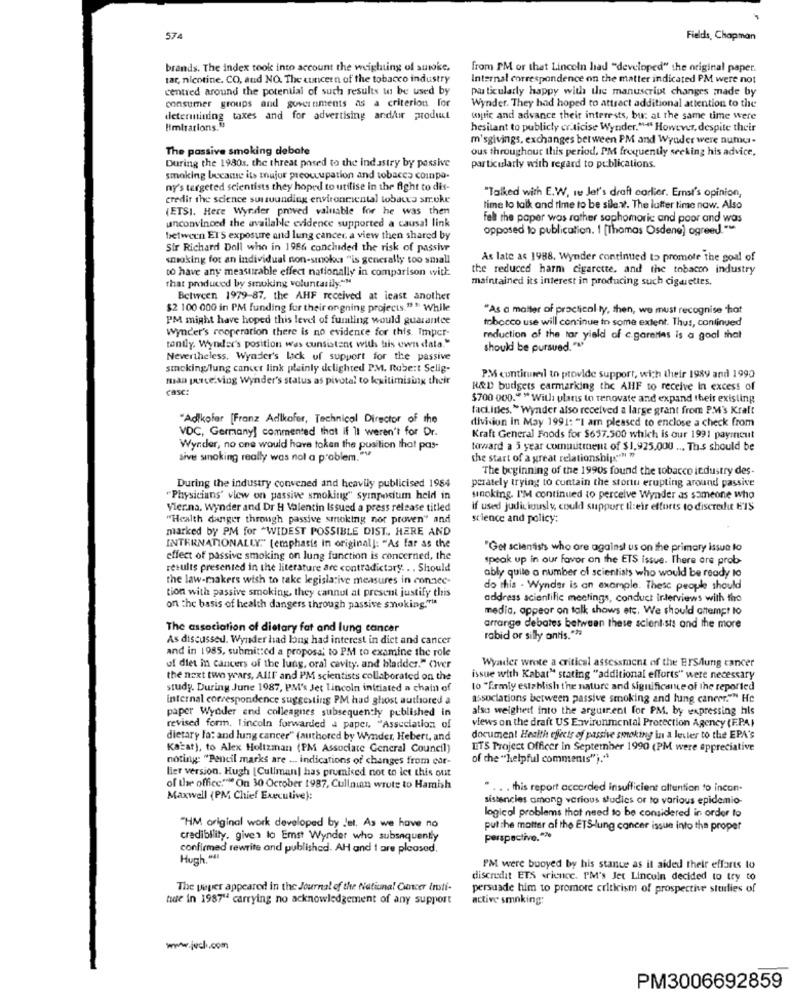
574
Fields, Chapman
brands. The index took into account the weighting of suwoke,
from PM or that Lincoln had "developed" the original paper.
tar, nicotine, CO, and NO. The concern of the tobacco industry
Internal correspondence on the matter indicated PM were not
centred around the potential of such results to be used by
particularly happy with the manuscript changes made by
consumer groups and governments as a criterion for
Wynder. They had hoped to attract additional attention to the
determining taxes and for advertising and/ur product
topic and advance their interests, bur at the same time were
limitations.5
hesitant to publicly criticise Wynder."" However, despite their
m'sgivings, exchanges between PM and Wyuder were numy.
The passive smoking debate
ous throughout this period, I'M frequently seeking his advice.
During the 1980s. the threat posed to the ind astry by passive
particularly with regard to publications.
smoking became its major preoccupation and tobaces compa-
ny's targeted scientists they hoped to utilise in the fight to dis-
credir the science surrounding environmental tobacco stroke
"Talked with E.W, re Jet's draft carlier. Ernst's opinion,
(ETSI. Here Wynder proved valuable for he was then
time lo talk and time to be sile.w. The lutter time now. Also
unconvinced the available evidence supported a causa! link
fel the paper was rather sophomoric and poor and was
opposed to publication. 1 [Thomas Osdene] agreed."
between ETS exposure and lung cancer, a view then shared by
Sir Richard Doll who in 1986 conchided the risk of passive
smoking for an individual non-smokes "is generally too small
As late as 1988, Wynder continued to promote the goal of
to have any measurable effect nationally in comparison with
the reduced harm cigarette. and the tobacco industry
that produced by smoking voluntarily"M
maintained its interest in producing such cigarettes.
Between 1979-87, the AHF received at least another
$2 100 000 in PM funding for their ongning projects." " While
"As a matter of practical ly, then, we must recognise hat
PM might have hoped this level of fumting would guarantee
tobacco use will continue to some extent. Thus, continued
Wynder's cooperation there is no evidence for this. Imper-
reduction of the tar yield of c.garetas is a goal that
tantly. Wynder's position was consistent with his owns data."
should be pursued."""
Nevertheless, Wyader's Lick of support for the passive
smoking lung cancer link plainly delighted P.M. Robert Selig-
maa perce.ving Wynder's status as pivotal to kwitimising their
PM continued to provide support, with their 1989 and 1990
casc:
R&D budgets carmarking the AHF to receive In excess of
$700 000." " With plans to renovate and expand their existing
faci.ities." Wynder also received a large grant from P.M's Kraft
"Aoikofar [Franz Adlkofer, Technical Director of the
division In May 1991: "I am pleased to enclose a check from
VDC, Germany] commented that if It weren't for Dr.
Kraft General Foods for $657.500 which is our 1991 payment
Wynder, no one would have token the position that pas-
toward a 5 year commitment of $1,925.000 ... Th.s should be
sive smoking really was not a problem."
the start of a great relationship"" "
The beginning of the 1990s found the tobacco industry des-
perately trying to contain the stortu erupting around passive
During the industry convened and heavily publicised 1984
"Physicians' view on passive smoking" symposium held in
sinoking. I'M continued to perceive Wynder as someone who
Vier.na, wynder and Dr H Valentin Issued a press release titled
if used judiciously, could support their efforts to discredit E'IS
"Health danger through passive smoking nor proven" and
science and policy:
marked by PM for "WIDEST POSSIBLE DIST .. HERE AND
INTERNATIONALLY." [emphasis in original]: "As far as the
"Get scientists who are against us on the primary issue lo
effect of passive smoking on lung function is concerned, the
speak up in our favor on the ETS issue. There are prob-
results presented in the literature are contradictory. . . Should
ably quile a number of scientists who would be ready to
the law-makers wish to take legislative measures in connec-
tion with passive smoking, they cannul at present justify this
do this - Wynder is an example. These people should
address scientific meetings, conduct Interviews with the
on the basis of health dangers through passive smoking."
media, appear on talk shows etc. We should attempt to
The association of dietary fat and lung cancer
arrange debates between these scientists and the more
As discussed, Wynder had bong had interest in diet and cancer
rabid or silly antis .**
and in 1985, submitted a proposal to PM to examine the role
Wyader wrote a critical assessment of the ErS/lung cancer
of diet in cancers of the lung, oral cavity, and bladder." CWver
the next two years, AllF and PM scientists collaborated on the
issue with Kabat" stating "additional efforts" were necessary
study. During June 1987, PM's Jet lincoln initiated a chain of
to "firmly establish the nature and significance of the reported
internal correspondence suggesting PM had ghost authored a
associations between passive smoking and lung cancer."" He
paper Wydder and colleagues subsequently published in
also weighed into the arguirent for PM. by expressing his
views on the draft US Environmental Protection Agency (F.P.A.)
revised form, Lincoln forwarded a paper. "Association of
dietary la: and lung cancer" (authored by Wynder, Hebert, and
document Health effects of passive smoking in a levier to the EPA's
Kacat), to Alex Holtzman (PM Associate General Council)
IT'S Project Officer In September 1990 (PM were appreciative
noting: "Pencil marks are ... indications of changes from cor-
of the "helpful comments")."
lier version. Hugh [Cullman| has promised not to let this out
of the office.""" On 30 October 1987, Cullainn wrote to Hamish
.. . this report accorded insufficient attention to incon-
Maxwell (PM Chief Executive):
sistencies among various studies or to various epidemio
logical problems that need to be considered in order to
"HM original work developed by Jet. As we have no
put the matter af the ETS-lung cancer issue into the proper
credibility, given lo Emst Wynder who subsequently
perspective .***
confirmed rewrite and published. AH and 1 are pleased,
Hugh,“41
PM were buoyed by his stante as it aided their efforts to
discredit ETS wrience. PM's Jet Lincoln decided to try to
The paper appeared in the Journal of the Natiuna! Concer insti-
persuade him to promote criticism of prospective stuurlies of
tue in 1987" carrying no acknowledgement of any support
active smoking:
www.jvcl.com
PM3006692859